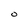
Character: O